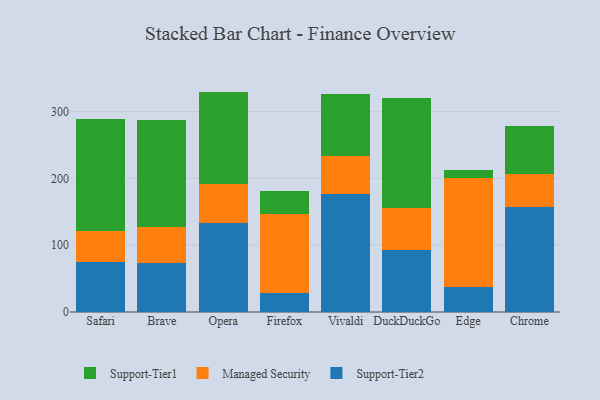
{"axis": {"x": "Browser", "y": "Conversion Rate (%)"}, "legend": ["Managed Security", "Support-Tier1", "Support-Tier2"], "data": [{"x": "Safari", "y": 74.3, "type": "Support-Tier2"}, {"x": "Safari", "y": 46.5, "type": "Managed Security"}, {"x": "Safari", "y": 167.8, "type": "Support-Tier1"}, {"x": "Brave", "y": 73.6, "type": "Support-Tier2"}, {"x": "Brave", "y": 53.7, "type": "Managed Security"}, {"x": "Brave", "y": 160.4, "type": "Support-Tier1"}, {"x": "Opera", "y": 132.9, "type": "Support-Tier2"}, {"x": "Opera", "y": 59.3, "type": "Managed Security"}, {"x": "Opera", "y": 137.6, "type": "Support-Tier1"}, {"x": "Firefox", "y": 28.3, "type": "Support-Tier2"}, {"x": "Firefox", "y": 117.9, "type": "Managed Security"}, {"x": "Firefox", "y": 35.2, "type": "Support-Tier1"}, {"x": "Vivaldi", "y": 176.8, "type": "Support-Tier2"}, {"x": "Vivaldi", "y": 56.6, "type": "Managed Security"}, {"x": "Vivaldi", "y": 93.3, "type": "Support-Tier1"}, {"x": "DuckDuckGo", "y": 92.2, "type": "Support-Tier2"}, {"x": "DuckDuckGo", "y": 64.0, "type": "Managed Security"}, {"x": "DuckDuckGo", "y": 163.4, "type": "Support-Tier1"}, {"x": "Edge", "y": 36.7, "type": "Support-Tier2"}, {"x": "Edge", "y": 164.4, "type": "Managed Security"}, {"x": "Edge", "y": 11.0, "type": "Support-Tier1"}, {"x": "Chrome", "y": 156.5, "type": "Support-Tier2"}, {"x": "Chrome", "y": 49.5, "type": "Managed Security"}, {"x": "Chrome", "y": 72.8, "type": "Support-Tier1"}]}